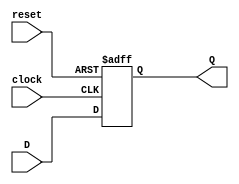
/***********************
*
* Jong-gyu Park
* pjk5401@gmail.com
* 2016/09/02
*
***********************/

module PNU_DFF(D, clock, reset, Q);
    input D, clock, reset;
    output Q;
    reg Q;
    
    always@(posedge clock or posedge reset)
        if( reset ) begin
            Q <= 1'b0;
        end else begin
            Q <= D;
        end
endmodule